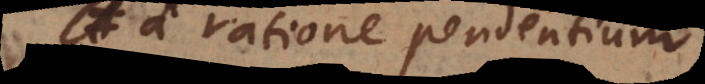
a ratione pendentium